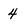
Character: 4